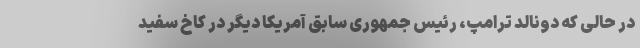
در حالی که دونالد ترامپ، رئیس جمهوری سابق آمریکا دیگر در کاخ سفید